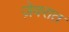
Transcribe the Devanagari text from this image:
जे़वरात